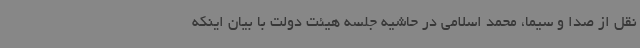
نقل از صدا و سیما، محمد اسلامی در حاشیه جلسه هیئت دولت با بیان اینکه